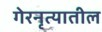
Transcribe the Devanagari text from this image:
गेरनृत्यातील